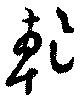
乾